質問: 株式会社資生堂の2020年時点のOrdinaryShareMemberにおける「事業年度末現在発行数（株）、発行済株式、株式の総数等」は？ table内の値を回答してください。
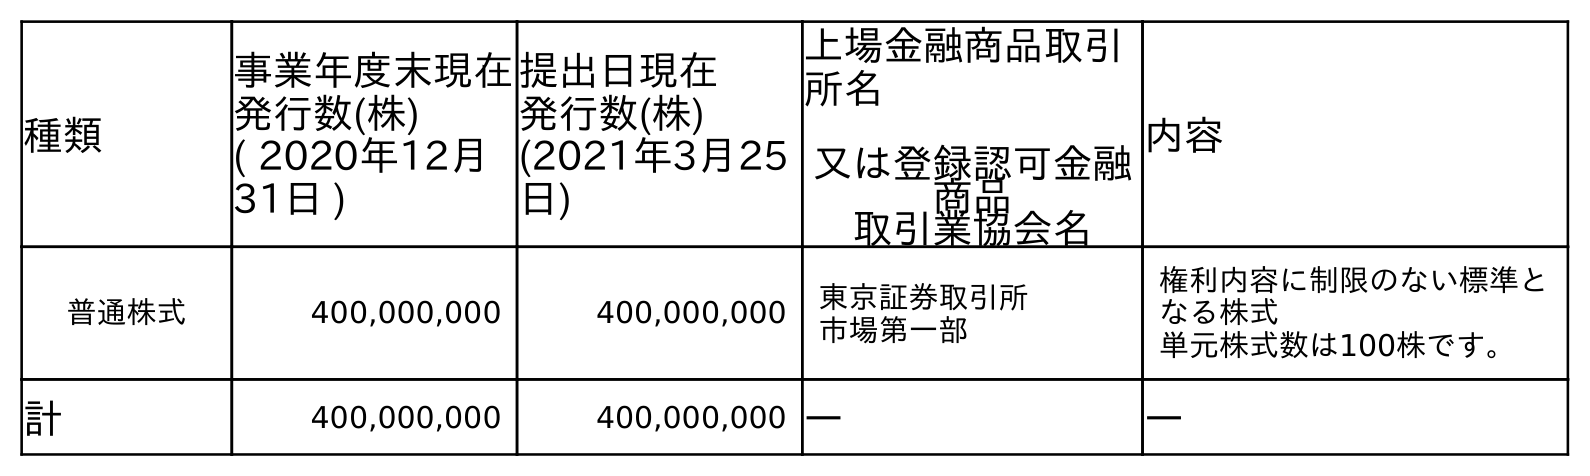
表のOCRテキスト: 種類 事業年度末現在 発行数(株) ( 2020年12月 31日 ) 提出日現在 発行数(株) (2021年3月25 日) 上場金融商品取引 所名 又は登録認可金融 商品 取引業協会名 内容 普通株式 400,000,000 400,000,000 東京証券取引所 市場第一部 権利内容に制限のない標準と なる株式 単元株式数は100株です。 計 400,000,000 400,000,000 ― ―
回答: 400,000,000